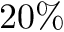
2 0 \%